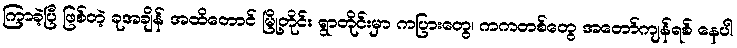
ကြာခဲ့ပြီ ဖြစ်တဲ့ ခုအချိန် အထိတောင် မြို့တိုင်း ရွာတိုင်းမှာ ကပြားတွေ၊ ကကတစ်တွေ အတော်ကျန်ရစ် နေပါ